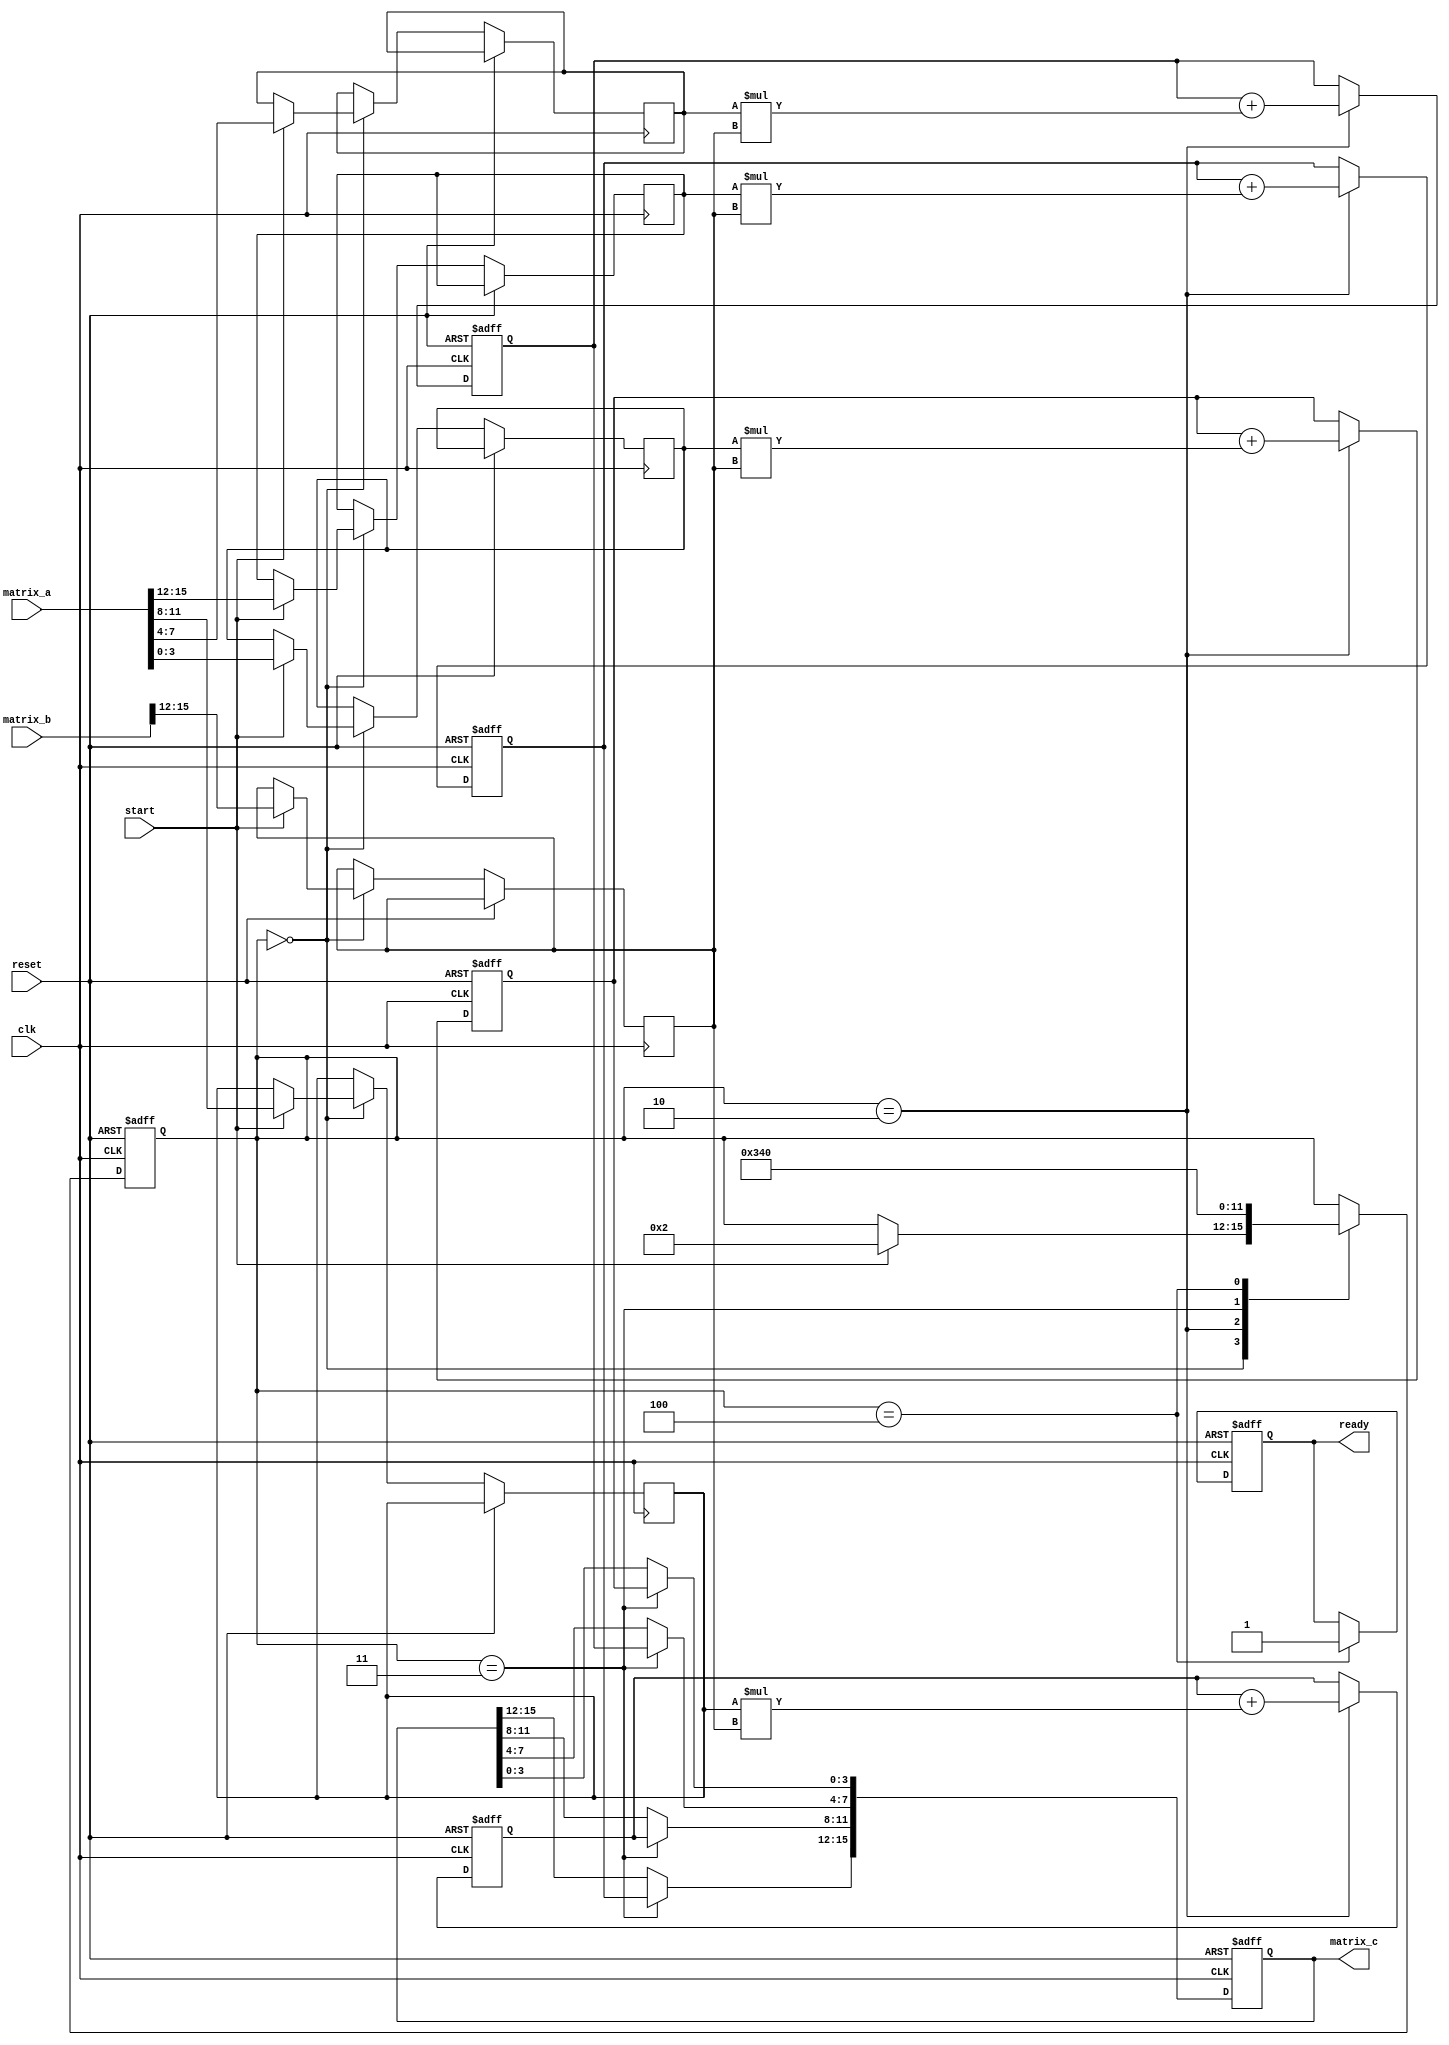
module stencil_multiplier #(
    parameter M = 4, // Number of rows in Matrix A
    parameter N = 4, // Number of columns in Matrix A and rows in Matrix B
    parameter P = 4  // Number of columns in Matrix B
)(
    input clk,
    input reset,
    input start,
    input [M*N-1:0] matrix_a, // Flattened input for Matrix A
    input [N*P-1:0] matrix_b, // Flattened input for Matrix B
    output reg [M*P-1:0] matrix_c, // Flattened output for Matrix C
    output reg ready
);

    reg [N-1:0] row_a [0:M-1]; // Matrix A rows
    reg [P-1:0] col_b [0:N-1]; // Matrix B columns
    reg [M-1:0] valid; // Valid signals for rows of A
    reg [P-1:0] sum [0:M-1]; // Accumulators for results
    reg [3:0] state; // FSM state
    reg [3:0] i, j, k; // Loop counters

    // State encoding
    localparam IDLE = 0, LOAD = 1, MULTIPLY = 2, SUM = 3, OUTPUT = 4;

    // Load matrices into internal registers
    always @(posedge clk or posedge reset) begin
        if (reset) begin
            state <= IDLE;
            ready <= 0;
            matrix_c <= 0;
            valid <= 0;
            for (i = 0; i < M; i = i + 1) begin
                sum[i] <= 0;
            end
        end else begin
            case (state)
                IDLE: begin
                    if (start) begin
                        // Load Matrix A
                        for (i = 0; i < M; i = i + 1) begin
                            row_a[i] <= matrix_a[(i*N) +: N];
                        end
                        // Load Matrix B
                        for (j = 0; j < N; j = j + 1) begin
                            col_b[j] <= matrix_b[(j*P) +: P];
                        end
                        state <= MULTIPLY;
                    end
                end

                MULTIPLY: begin
                    // Perform multiplication
                    for (i = 0; i < M; i = i + 1) begin
                        sum[i] <= 0; // Reset sum for each row
                        for (k = 0; k < N; k = k + 1) begin
                            sum[i] <= sum[i] + (row_a[i] * col_b[k]);
                        end
                    end
                    state <= SUM;
                end

                SUM: begin
                    // Store results in output matrix C
                    for (i = 0; i < M; i = i + 1) begin
                        matrix_c[(i*P) +: P] <= sum[i];
                    end
                    state <= OUTPUT;
                end

                OUTPUT: begin
                    ready <= 1; // Indicate that output is ready
                    state <= IDLE; // Go back to IDLE state
                end
            endcase
        end
    end
endmodule